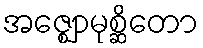
အဇ္ဈောမုစ္ဆိတော